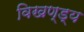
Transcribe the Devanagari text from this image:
विखण्ड्य